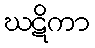
ဃဋိကာ